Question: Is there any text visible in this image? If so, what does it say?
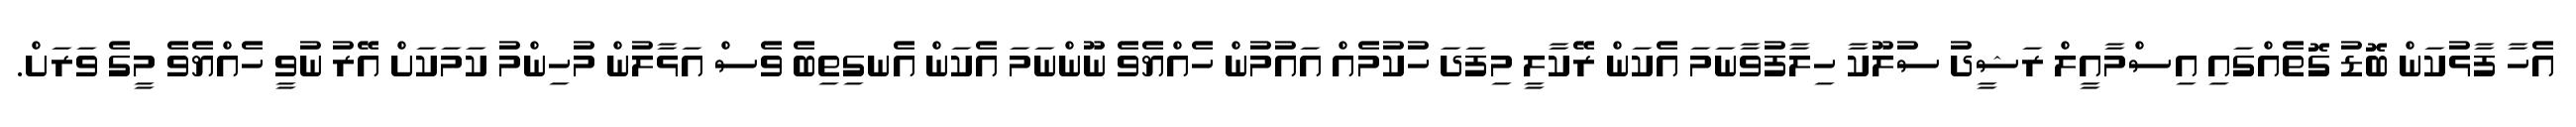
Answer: އެހާ ފާޅުކަން ބޮޑު ގޮތެއްގައި އިސްމާއީލް ރަޝީދު ސުލޫކާ ހިލާފުވާނަމަ އެކަން ރޭކާލީ މިފަދަ ހުކުމެއް އައުމުން ހެއްޔެވެ ނޫންނަމަ އެކަން އެނގިތިބެ ވެސް އަޅާލުން މުހިންމު ކަމަކަށް އޭރު ނުވީ ހެއްޔެވެ މީގެ ވަރަށް.